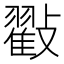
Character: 㪬